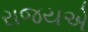
રાજયએ